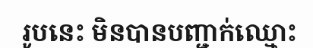
រូបនេះ មិនបានបញ្ជាក់ឈ្មោះ